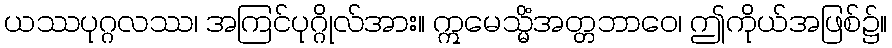
ယဿပုဂ္ဂလဿ၊ အကြင်ပုဂ္ဂိုလ်အား။ ဣမေသ္မိံအတ္တဘာဝေ၊ ဤကိုယ်အဖြစ်၌။